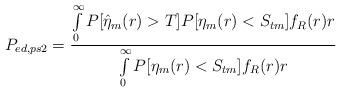
LaTeX: \begin{align*}P_{ed, ps2}=\frac{\int\limits_{0}^{\infty}P[\hat{\eta}_m(r)>T]P[\eta_m(r)<S_{tm}]f_R(r)r}{\int\limits_{0}^{\infty}P[\eta_m(r)<S_{tm}]f_R(r)r}\end{align*}